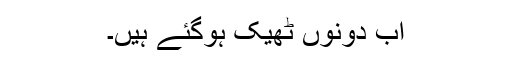
اب دونوں ٹھیک ہوگئے ہیں۔